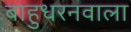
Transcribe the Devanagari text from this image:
बाहुधरनवाला